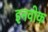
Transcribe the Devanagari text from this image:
इनवोक